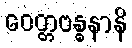
ဝေတ္တဗန္ဓနာနိ